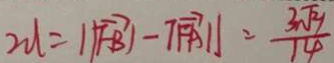
2 d = \vert \overrightarrow { F B } \vert - \vert \overrightarrow { F A } \vert = \frac { 3 \sqrt { 3 } } { 1 4 }